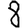
Digit: 8